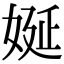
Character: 娫